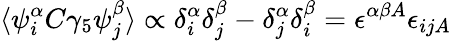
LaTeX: \langle\psi_{i}^{\alpha}C\gamma_{5}\psi_{j}^{\beta}\rangle\propto\delta_{i}^{\alpha}\delta_{j}^{\beta}-\delta_{j}^{\alpha}\delta_{i}^{\beta}=\epsilon^{\alpha\beta A}\epsilon_{ijA}